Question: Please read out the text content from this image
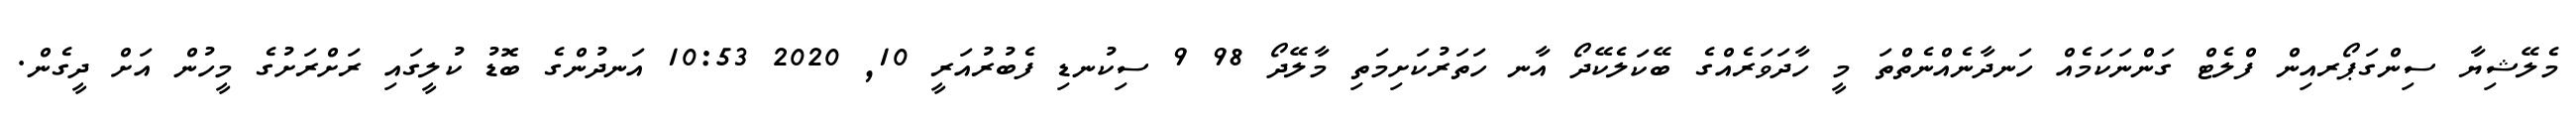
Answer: މެލޭޝިޔާ ސިންގަޕޯރއިން ފްލެޓް ގަންނަކަމެއް ހަނދާނެއްނެތްތަ މީ ހާދަވަރެއްގެ ބޭކަލެކޭދޯ އާނ ހަތަރުކަށިމަތި މާލޭދޯ 98 9 ސިކުނޑި ފެބުރުއަރީ 10, 2020 10:53 އަނދުންގެ ބޮޑު ކުލީގައި ރަށްރަށުގެ މީހުން އަށް ދީގެން.